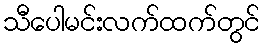
သီပေါမင်းလက်ထက်တွင်